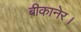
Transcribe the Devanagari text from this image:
बीकानेर।